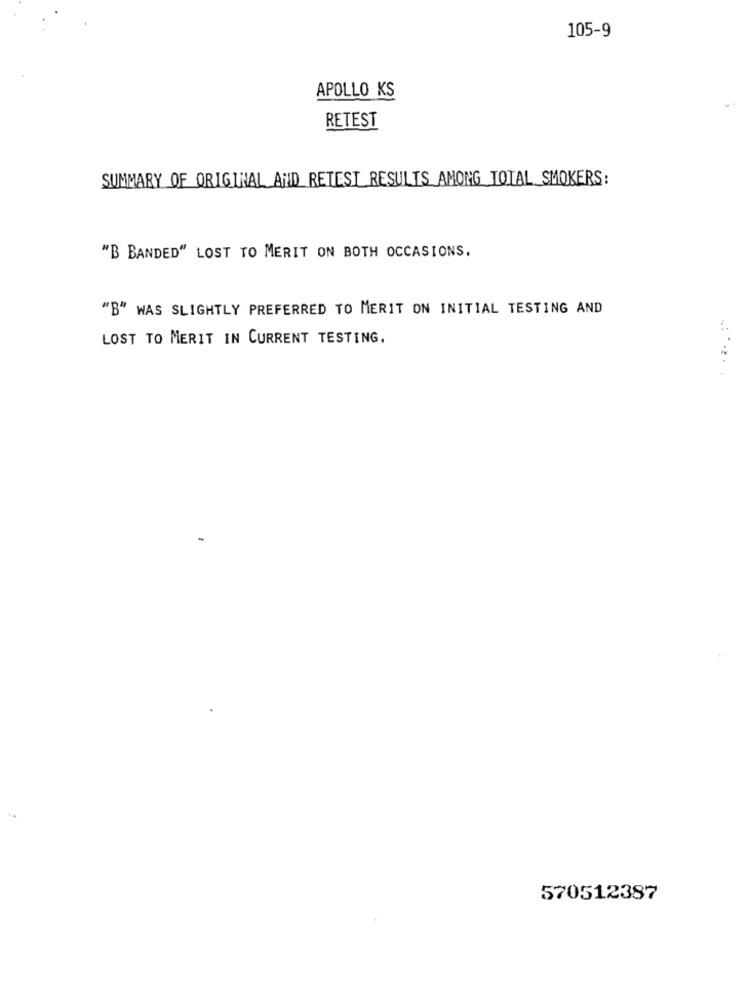
105-9
APOLLO KS
RETEST
SUMMARY OF ORIGINAL AND RETEST RESULTS AMONG TOTAL SMOKERS:
"B BANDED" LOST TO MERIT ON BOTH OCCASIONS,
"B" WAS SLIGHTLY PREFERRED TO MERIT ON INITIAL TESTING AND
LOST TO MERIT IN CURRENT TESTING.
570512387